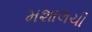
મશાલચી